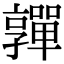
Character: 嚲